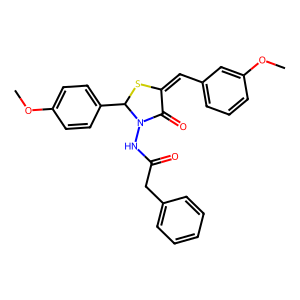
SMILES: COc1ccc(C2SC(=Cc3cccc(OC)c3)C(=O)N2NC(=O)Cc2ccccc2)cc1
Inhibits HIV replication: No